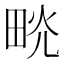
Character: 𤱦